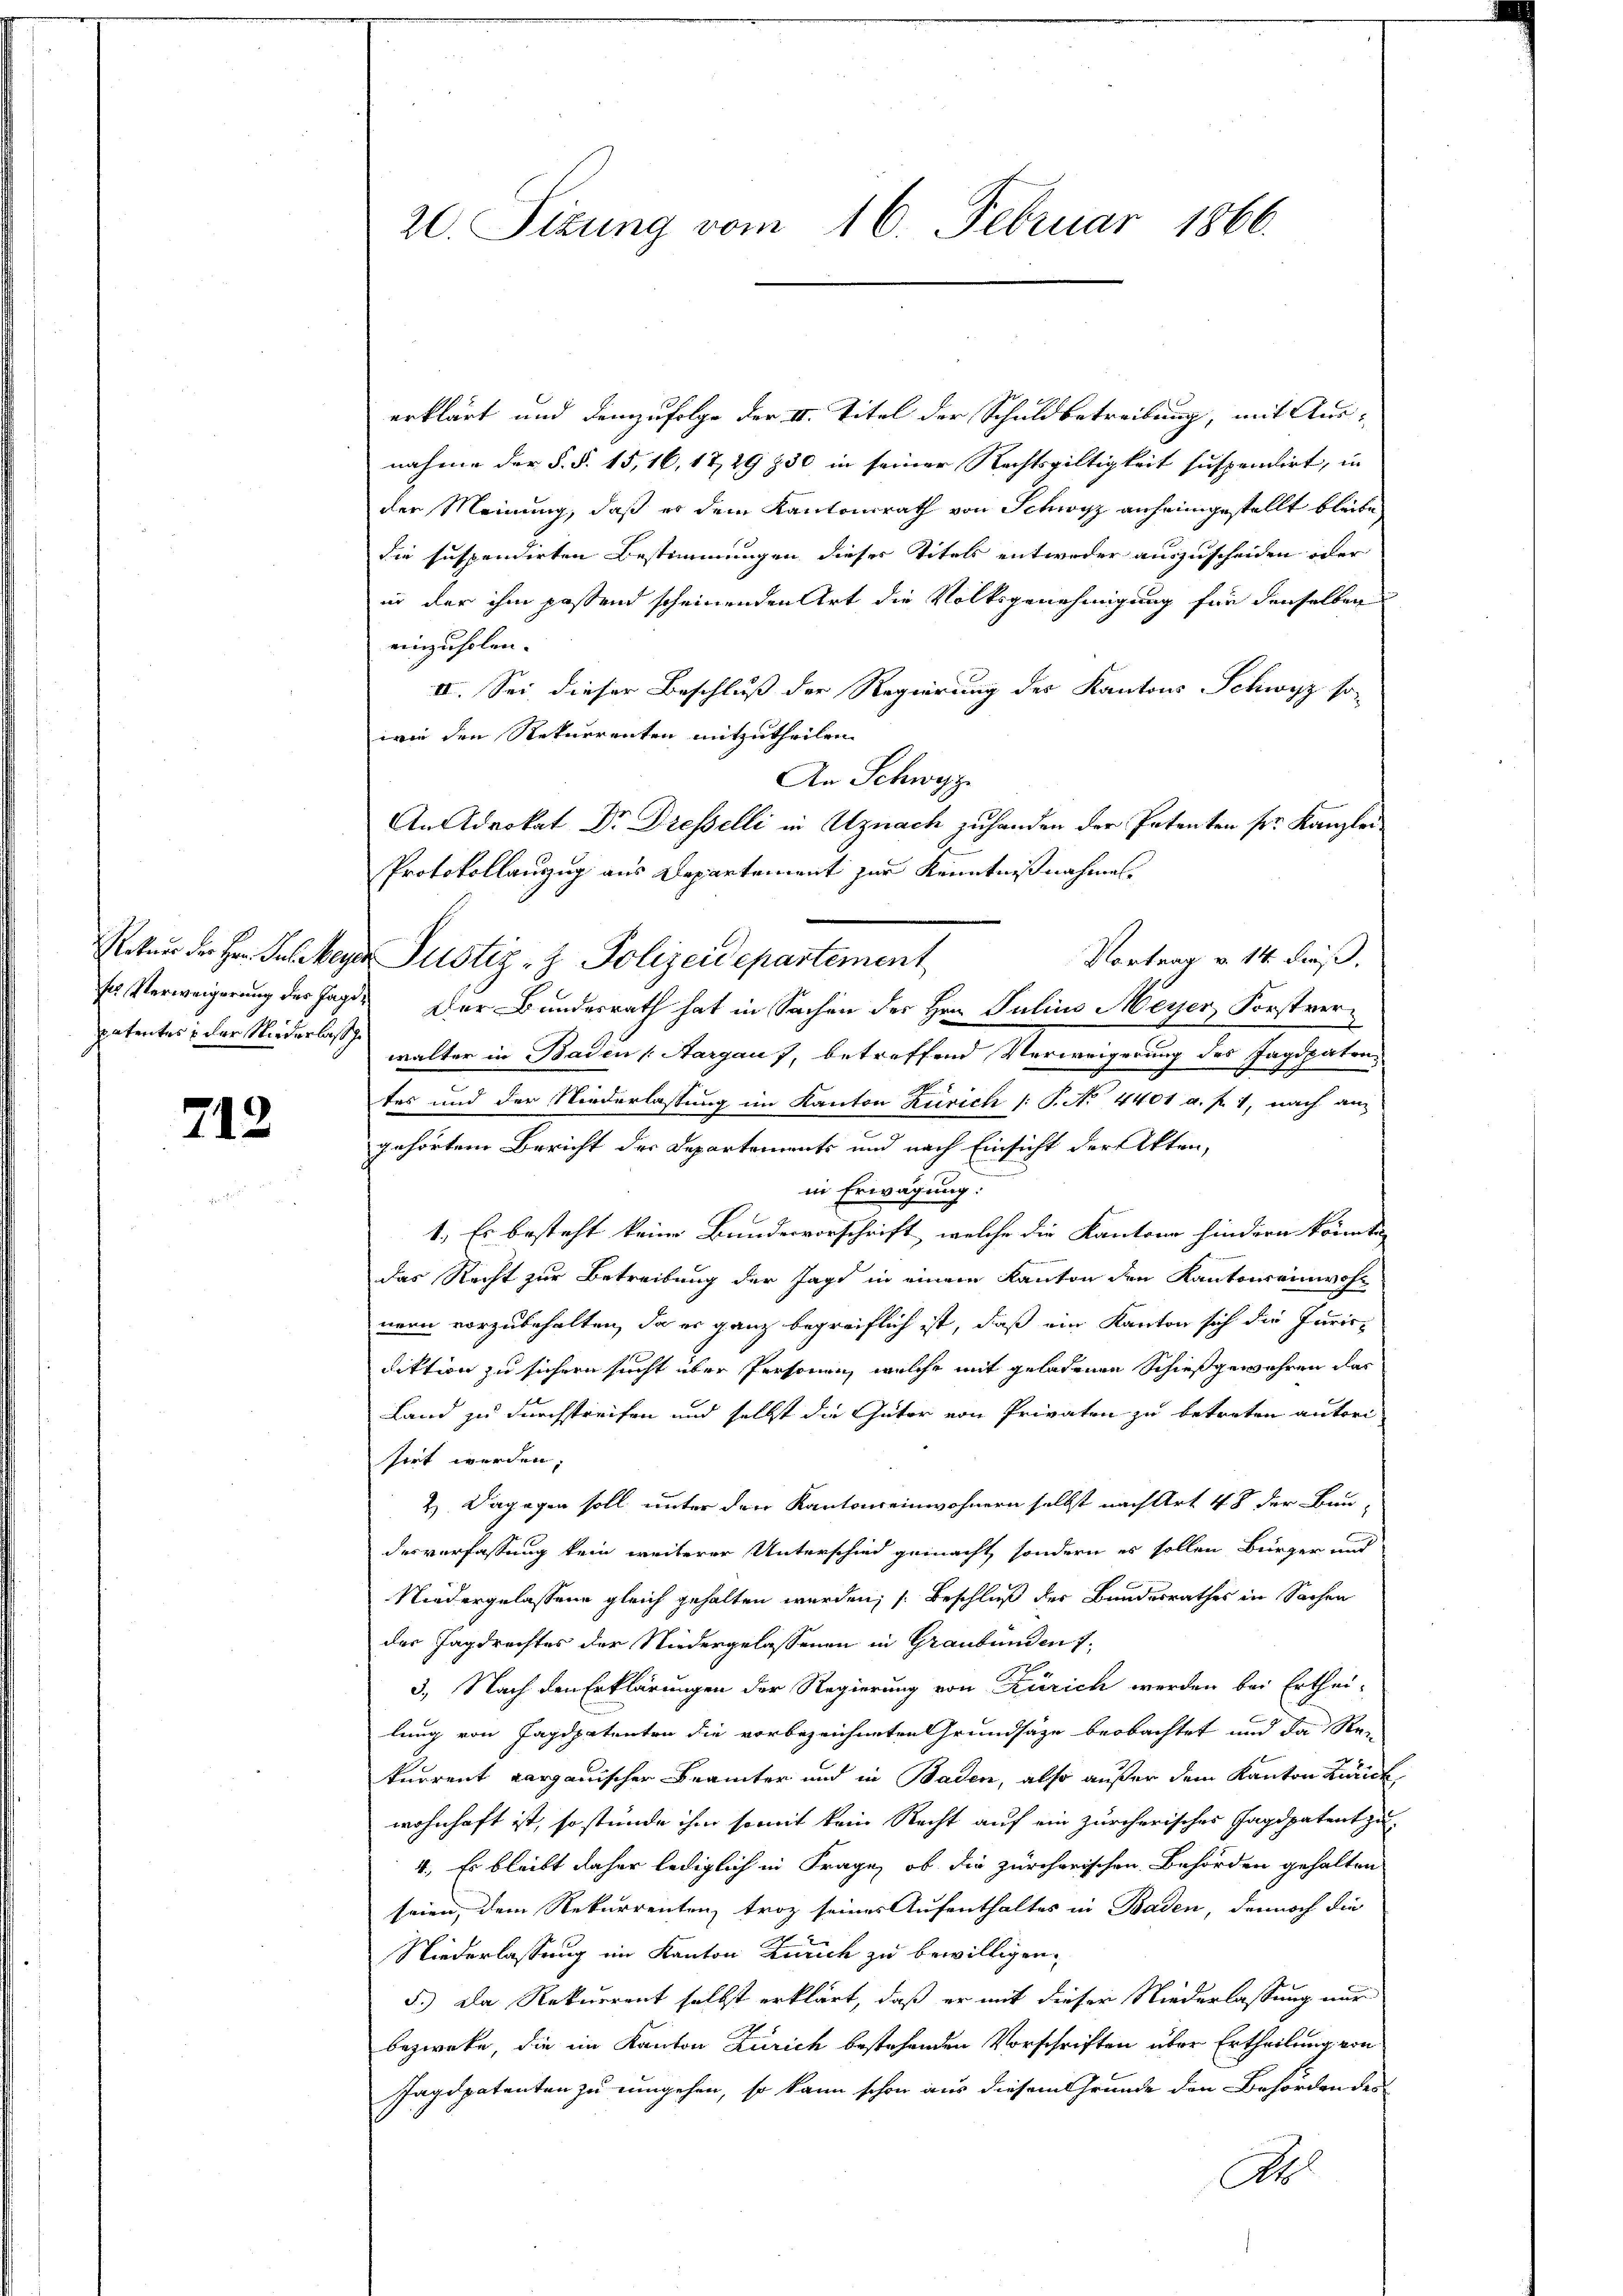
patentes & der Niederlas

712

20. Sitzung vom 16. Februar 1866.

erklärt und demzufolge der II. Titel der Schuldbetreibung, mit Aus-
nahme der §. §. 15, 16, 17, 29 830 in seiner Rechtsgültigkeit suspendirt, in
der Meinung, daß er dem Kantonsrath von Schwyz anheimgestellt bleibe
die suspendirten Bestimmungen dieses Titels entweder auszuscheiden oder
in der ihm passend scheinenden Art die Volksgenehmigung für denselben
einzuholen.
II. Sei dieser Beschluß der Regierung des Kantons Schwyz so
wie den Rekurrenten mitzutheilen.
An Schwyz
An Advokat Dr. Dresselli in Uznach zu handen der Petenten sr. Kanzlei
Protokollauszug aus Departement zur Kenntnißnahmen.
etur der Hrn. Sulzbeyer Justiz- & Polizeidepartement
Vortrag v. 14. dieß,
ses Verweigerung des Jagd. Der Bundesrath hat in Sachen des Hrn. Julius Meyer Forstverwalter in Baden Aargau), betreffend Verweigerung des Jagdpaten
tes und der Niederlassung im Kanton Zürich /: P. No 4401 a. f. 1, nach an
gehörtem Bericht der Departements und nach Einsicht der Akten,
in Erwägung:
1.) Es besteht keine Bundesvorschrift, welche die Kantone hindern könnte
das Recht zur Betreibung der Jagd in einem Kanton den Kantonseinwoh
nern vorzubehalten, da es ganz begreiflich ist, daß ein Kanton sich die Juris-
diktion zu sichern sucht über Personen, welche mit geladenen Schießgewähren das
Land zu durchstreifen und selbst die Güter von Privaten zu betreten autori
sirt werden.
2. Dagegen soll unter den Kantonseinwohnern selbst nach Art 48 der Bau-
desverfassung kein weiterer Unterschied gemacht, sondern es sollen Bürger und
Niedergelassene gleich gehalten werden; s. Beschluß der Bundesrathes in Sachen
der Tagdrechtes der Niedergelassenen in Graubünden 7.
3. Nach den Erklärungen der Regierung von Zürich werden bei Erthei-
lung von Jagdpatenten die vorbezeichneten Grundsätze beobachtet und da Re-
kurrent aargauischer Brämter und in Baden, also außer dem Kanton Bank,
wohnhaft ist, so stünde ihm somit kein Recht auf ein zürcherisches Jagdpatent zu-
4. Es bleibt daher lediglich in Frage, ob die zürcherischen Behörden gehalten
seien, dem Rekurrentenz troz seines Aufenthaltes in Baden, dennoch die
Niederlassung im Kanton Zürich zu bewilligen.
5.) Da Rekurrent selbst erklärt, daß er mit dieser Niederlassung nur
bezwecke, die im Kanton Zürich bestehenden Vorschriften über Ertheilung von
Jagdpatenten zu umgehen, so kann schon aus diesem Grunde den Behörden des
Ah